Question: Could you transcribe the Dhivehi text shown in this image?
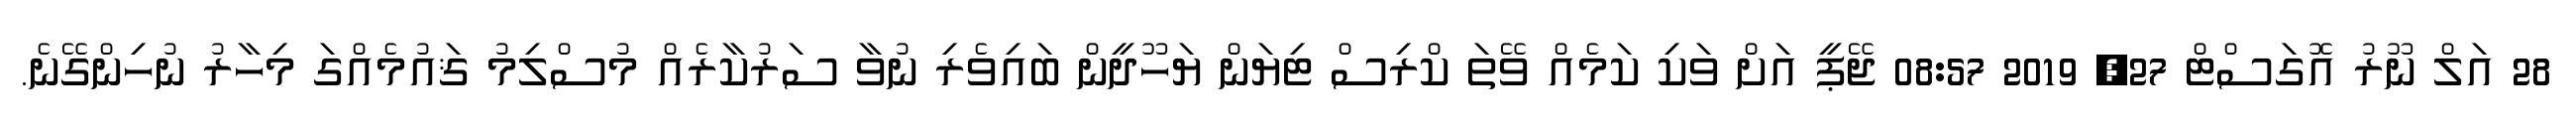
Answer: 28 އަލް ނޫރު އޮގަސްޓް 27, 2019 08:57 ޖޭޕީ އަށް ވަކި ކަމެއް ވޭތަ ކްރިސް ޓިޔަން ޔަހޫދީން ބައިވެރި ނުވާ ސަރުކާރެއް މުސްލިމު ޤައުމެއްގަ މިހާރު ނުހިންގޭނެ.